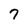
Character: 7